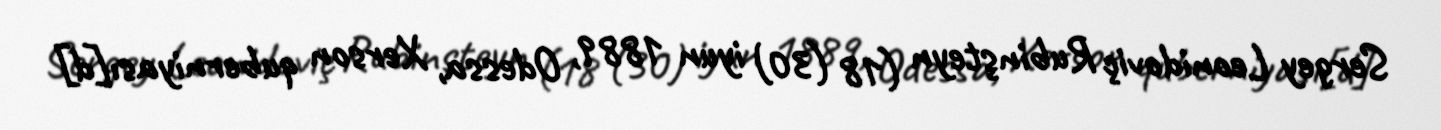
Sergey Leonidoviç Rubinşteyn (18 (30) iyun 1889, Odessa, Xerson quberniyası[d]